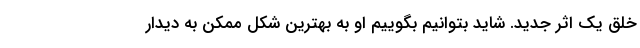
خلقِ یک اثرِ جدید. شاید بتوانیم بگوییم او به بهترین شکل ممکن به دیدارِ